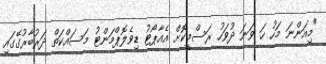
"މިއަންނަ މަހު ހަ ވަނަ ދުވަހު ރަސްމީކޮށް އެއާޕޯޓު ޑިވެލޮޕްމަންޓު މަސައްކަތް ދަރުބާރުގޭގައި